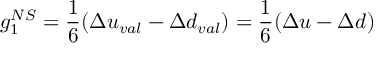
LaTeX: g _ { 1 } ^ { N S } = \frac 1 6 ( \Delta u _ { v a l } - \Delta d _ { v a l } ) = \frac 1 6 ( \Delta u - \Delta d )